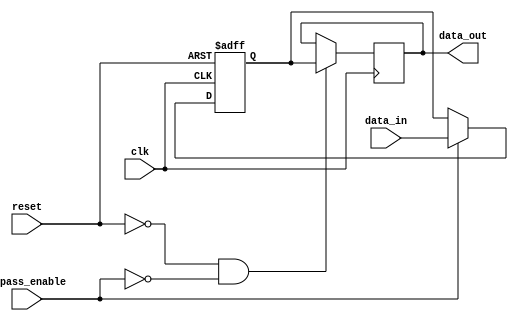
module variable_width_bypass_register
(
  input wire clk,
  input wire reset,
  input wire bypass_enable,
  input wire [7:0] data_in,
  output reg [7:0] data_out
);

reg [7:0] reg_data;

always @(posedge clk or posedge reset)
begin
  if (reset)
    reg_data <= 8'b00000000;
  else if (bypass_enable)
    reg_data <= data_in;
end

always @(posedge clk)
begin
  if (!reset && !bypass_enable)
    data_out <= reg_data;
end

endmodule